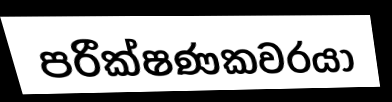
පරීක්ෂණකවරයා